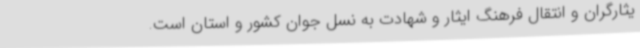
یثارگران و انتقال فرهنگ ایثار و شهادت به نسل جوان کشور و استان است.